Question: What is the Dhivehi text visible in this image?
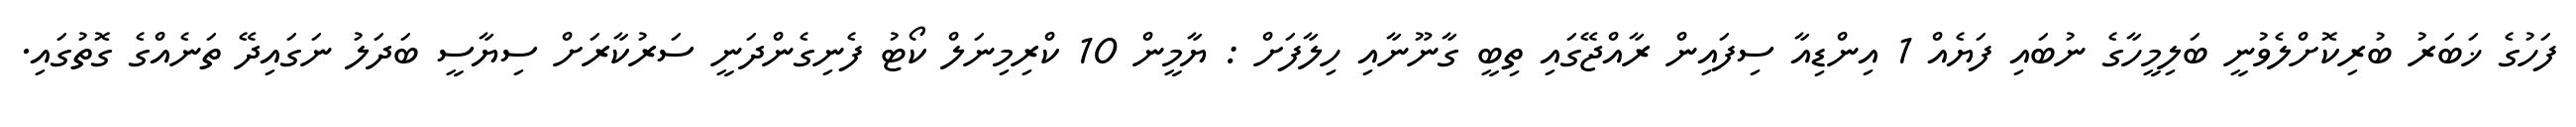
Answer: ފަހުގެ ޚަބަރު ބުރިކޮށްލެވުނީ ބަލިމީހާގެ ނުބައި ފަޔެއް 1 އިންޑިއާ ސިފައިން ރާއްޖޭގައި ތިބީ ގާނޫނާއި ހިލާފަށް : ޔާމީން 10 ކްރިމިނަލް ކޯޓު ފެނިގެންދަނީ ސަރުކާރަށް ސިޔާސީ ބަދަލު ނަގައިދޭ ތަނެއްގެ ގޮތުގައި.